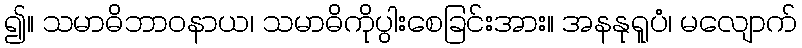
၍။ သမာဓိဘာဝနာယ၊ သမာဓိကိုပွါးစေခြင်းအား။ အနနုရူပံ၊ မလျောက်